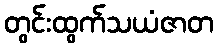
တွင်းထွက်သယံဇာတ